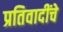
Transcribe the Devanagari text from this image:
प्रतिवादींचे